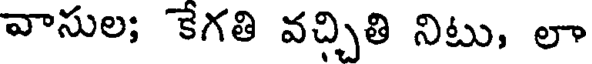
వాసుల; కేగతి వచ్చితి నిటు, లా